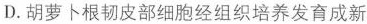
D.胡萝卜根韧皮部细胞经组织培养发育成新